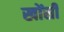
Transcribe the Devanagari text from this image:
खोंसी